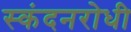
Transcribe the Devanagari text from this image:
स्कंदनरोधी